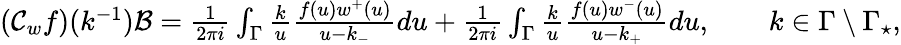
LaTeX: \begin{array}{r}{(\mathcal{C}_{w}f)(k^{-1})\mathcal{B}=\frac{1}{2\pi i}\int_{\Gamma}\frac{k}{u}\frac{f(u)w^{+}(u)}{u-k_{-}}du+\frac{1}{2\pi i}\int_{\Gamma}\frac{k}{u}\frac{f(u)w^{-}(u)}{u-k_{+}}du,\qquad k\in\Gamma\setminus\Gamma_{\star},}\end{array}